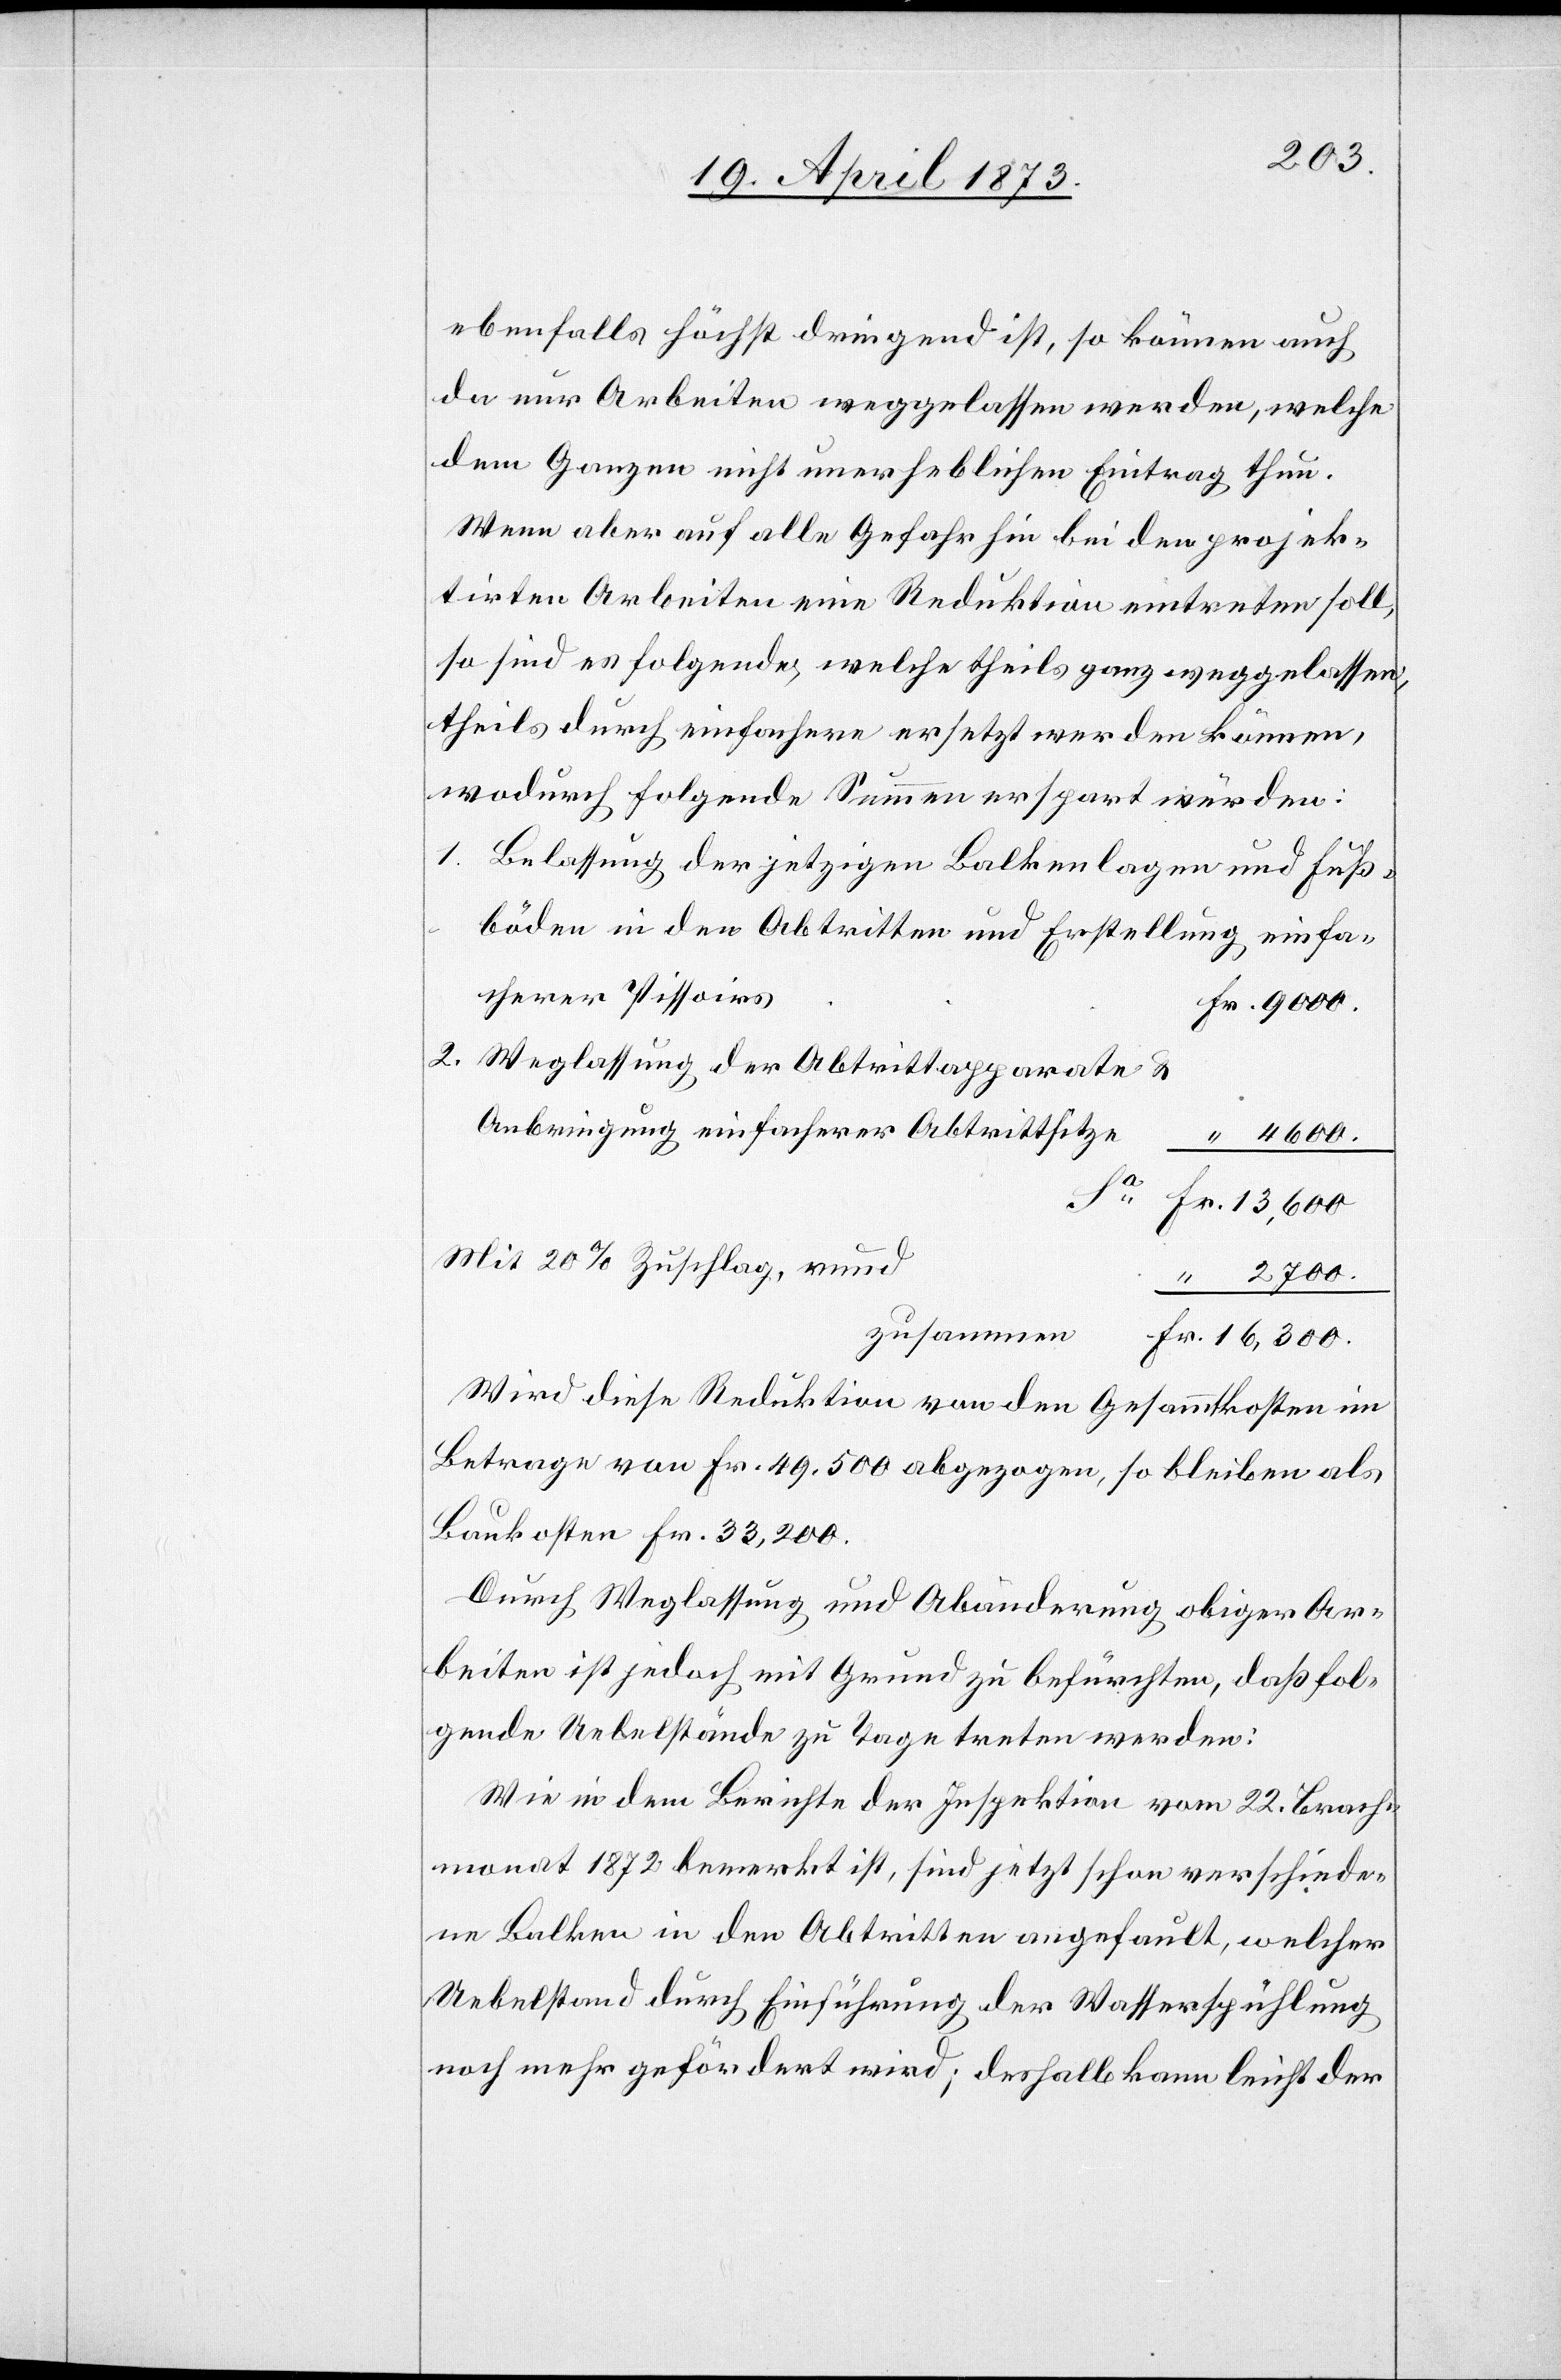
2700.
ebenfalls höchst dringend ist, so können auch
da nur Arbeiten weggelassen werden, welche
dem Ganzen nicht unerheblichen Eintrag thun.
Wenn aber auf alle Gefahr hin bei den projek¬
tirten Arbeiten eine Reduktion eintreten soll,
so sind es folgende, welche theils ganz weggelassen,
theils durch einfachere ersetzt werden können,
wodurch folgende Summen erspart würden:
1. Belassung der jetzigen Balkenlagen und Fuß¬
böden in den Abtritten und Erstellung einfa¬
cherer Pissoirs
2. Weglassung der Abtrittapparate &
Anbringung einfacherer Abtrittsitze
4600.
Fr.
Mit 20% Zuschlag, rund
zusammen
Wird diese Reduktion von den Gesammtkosten im
Betrage von Fr. 49,500 abgezogen, so bleiben als
Baukosten Fr. 33,200.
Durch Weglassung und Abänderung obiger Ar¬
beiten ist jedoch mit Grund zu befürchten, daß fol¬
gende Uebelstände zu Tage treten werden:
Wie in dem Berichte der Inspektion vom 22. Brach¬
monat 1872 bemerkt ist, sind jetzt schon verschiede¬
ne Balken in den Abtritten angefault, welcher
Uebelstand durch Einführung der Wasserspühlung
noch mehr gefördert wird; deshalb kann leicht der